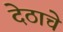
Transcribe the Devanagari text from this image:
देठाचे